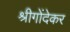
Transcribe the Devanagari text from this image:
श्रीगोंदेकर